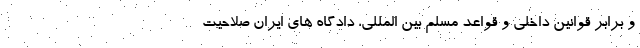
و برابر قوانین داخلی و قواعد مسلم بین المللی، دادگاه های ایران صلاحیت